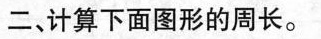
二、计算下面图形的周长。